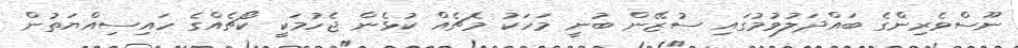
ނޫސްވެރިންގެ ބައްދަލުވުމުގައި ސުޒޭން ބުނީ މަހަކު މެޗެއް ކުޅެން ޖެހުމަކީ ކޯޗެއްގެ ހައިސިއްޔަތުން